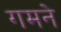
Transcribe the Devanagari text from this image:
गमने